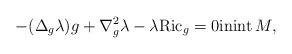
LaTeX: \begin{align*}-(\Delta_g \lambda)g + \nabla^2_g\lambda-\lambda {\rm Ric}_g=0{\rm in}{\rm int}\, M,\end{align*}